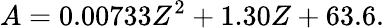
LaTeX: A=0.00733Z^{2}+1.30Z+63.6.